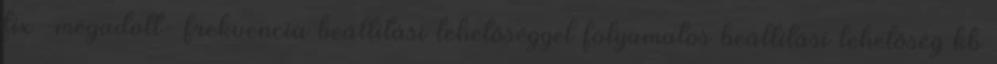
fix -megadott- frekvencia beállítási lehetőséggel folyamatos beállítási lehetőség kb